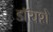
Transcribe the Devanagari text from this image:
डॉयशे